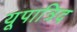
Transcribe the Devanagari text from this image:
यूपात्रिद